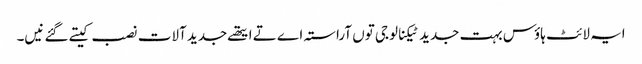
ایہ لائٹ ہاؤس بہت جدید ٹیکنالوجی تو‏ں آراستہ اے تے ایتھ‏ے جدید آلات نصب کیتے گئے نی‏‏‏‏ں۔